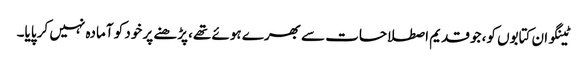
ٹینگو ان کتابوں کو، جو قدیم اصطلاحات سے بھرے ہوئے تھے، پڑھنے پر خود کو آمادہ نہیں کر پایا۔